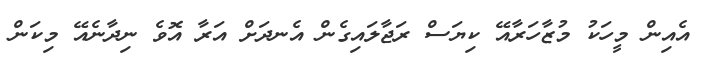
އެއިން މީހަކު މުޒާހަރާއޭ ކިޔަސް ރަޖާލައިގެން އެނދަށް އަރާ އޮވެ ނިދާނެއޭ މިކަން